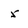
Character: 5